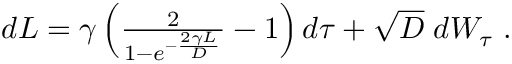
\begin{array} { r } { d L = \gamma \left( \frac { 2 } { 1 - e ^ { - \frac { 2 \gamma L } { D } } } - 1 \right) d \tau + \sqrt { D } \; d W _ { \tau } \ . } \end{array}